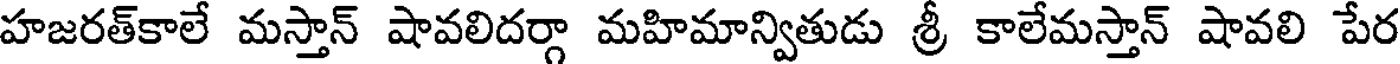
హజరత్కాలే మస్తాన్ షావలిదర్గా మహిమాన్వితుడు శ్రీ కాలేమస్తాన్ షావలి పేర